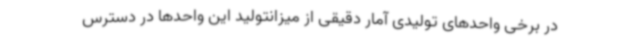
در برخی واحدهای تولیدی آمار دقیقی از میزانتولید این واحدها در دسترس